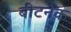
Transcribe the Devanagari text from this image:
बीटनेक